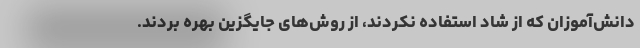
دانش‌آموزان که از شاد استفاده نکردند، از روش‌های جایگزین بهره بردند.